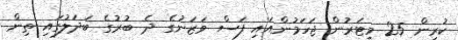
ކުރިން 25 މީޓަރުން ޖަހަމުންއައި ފަސް ވަޒަނުގެ ދެ ބުރުގެ ބަދަލުގައި ތިން